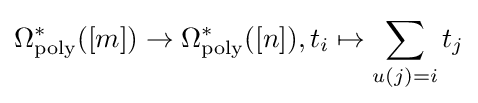
\Omega _{\text{poly}}^{*}([m])\to \Omega _{\text{poly}}^{*}([n]),t_{i}\mapsto \sum _{u(j)=i}t_{j}